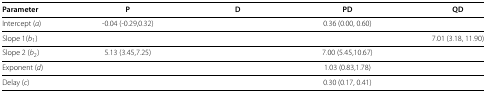
<table><thead><tr><td><b>Parameter</b></td><td><b>P</b></td><td><b>D</b></td><td><b>PD</b></td><td><b>QD</b></td></tr></thead><tbody><tr><td>Intercept (<i>a</i>)</td><td>‐0.04 (‐0.29,0.32)</td><td>[EMPTY_CELL]</td><td>0.36 (0.00, 0.60)</td><td>[EMPTY_CELL]</td></tr><tr><td>Slope 1(<i>b</i><sub>1</sub>)</td><td>[EMPTY_CELL]</td><td>[EMPTY_CELL]</td><td>[EMPTY_CELL]</td><td>7.01 (3.18, 11.90)</td></tr><tr><td>Slope 2 (<i>b</i><sub>2</sub>)</td><td>5.13 (3.45,7.25)</td><td>[EMPTY_CELL]</td><td>7.00 (5.45,10.67)</td><td>[EMPTY_CELL]</td></tr><tr><td>Exponent (<i>d</i>)</td><td>[EMPTY_CELL]</td><td>[EMPTY_CELL]</td><td>1.03 (0.83,1.78)</td><td>[EMPTY_CELL]</td></tr><tr><td>Delay (<i>c</i>)</td><td>[EMPTY_CELL]</td><td>[EMPTY_CELL]</td><td>0.30 (0.17, 0.41)</td><td>[EMPTY_CELL]</td></tr></tbody></table>